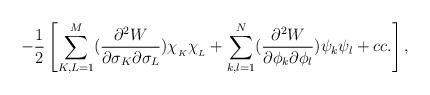
LaTeX: \begin{align*}-\frac{1}{2}\left[ \sum_{K,L =1}^{M}(\frac{\partial^2W}{\partial \sigma_K \partial\sigma_L})\chi_{_K} \chi_{_L} + \sum_{k,l =1}^{N}(\frac{\partial^2 W}{\partial \phi_k\partial \phi_l})\psi_k \psi_l + cc.\right],\end{align*}